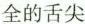
全的舌尖